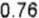
0.76